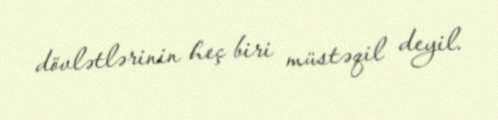
dövlətlərinin heç biri müstəqil deyil.